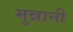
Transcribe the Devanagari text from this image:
मुन्नानी